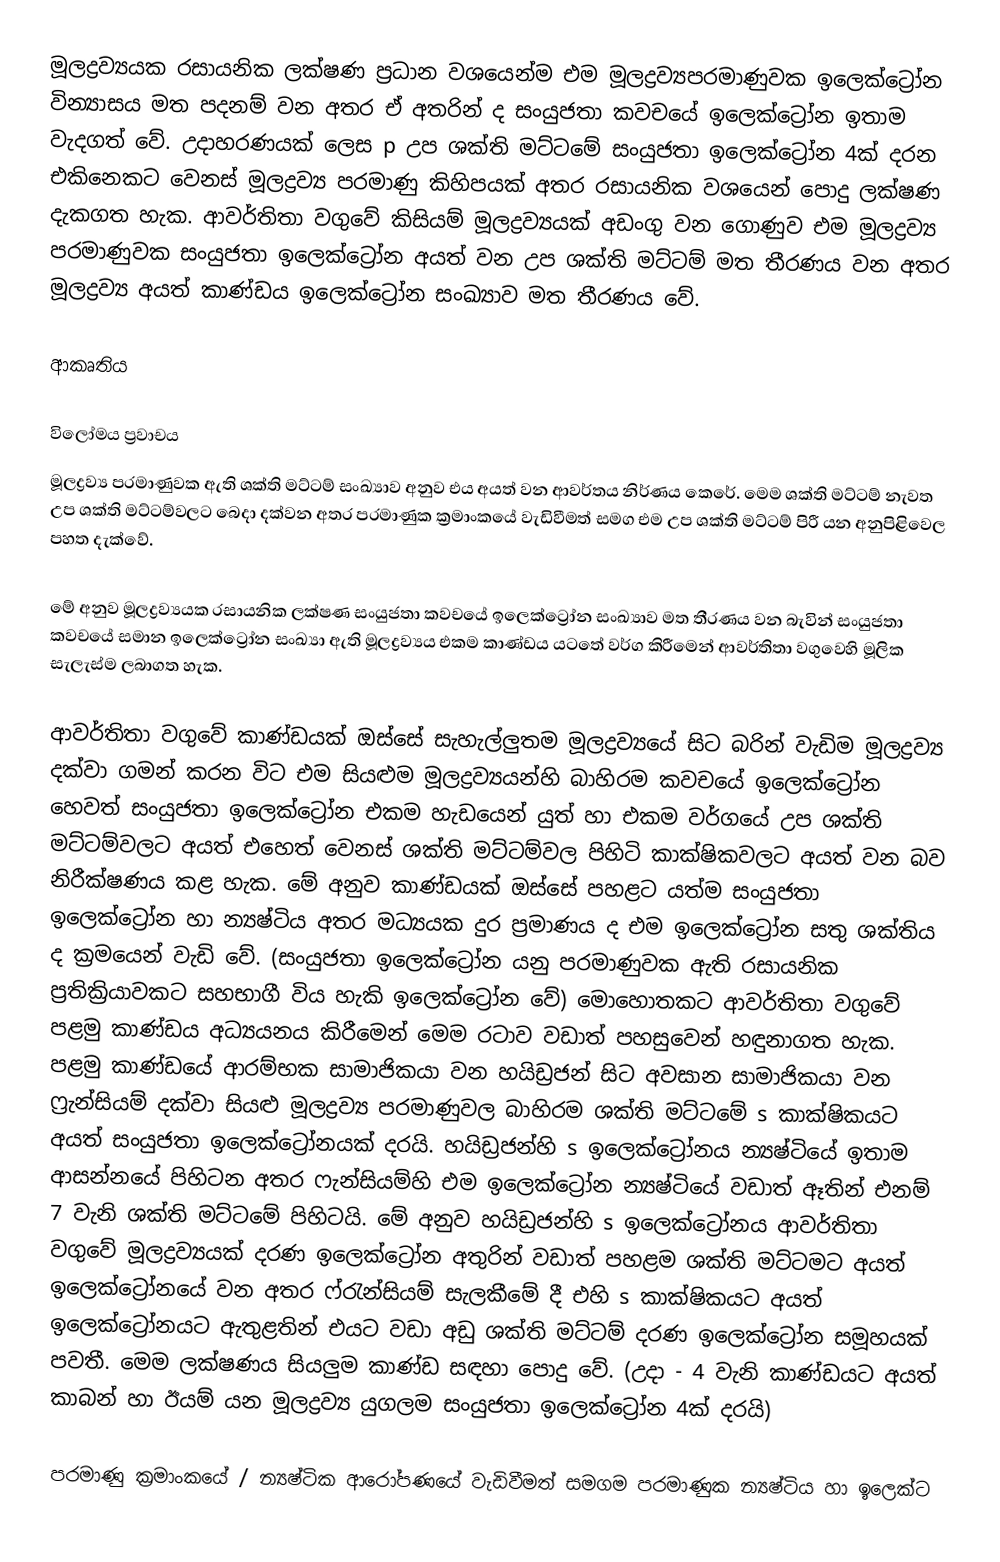
මූලද්‍රව්‍යයක රසායනික ලක්ෂණ ප්‍රධාන වශයෙන්ම එම මූලද්‍රව්‍ය‍පරමාණුවක ඉලෙක්ට්‍රෝන වින්‍යාසය මත පදනම් වන අතර ඒ අතරින් ද සංයුජතා කවචයේ ඉලෙක්ට්‍රෝන ඉතාම වැදගත් වේ. උදාහරණයක් ලෙස p උප ශක්ති මට්ටමේ සංයුජතා ඉලෙක්ට්‍රෝන 4ක් දරන එකිනෙකට වෙනස් මූලද්‍රව්‍ය පරමාණු කිහිපයක් අතර රසායනික වශයෙන් පොදු ලක්ෂණ දැකගත හැක. ආවර්තිතා වගුවේ කිසියම් මූලද්‍රව්‍ය‍යක් අඩංගු වන ගොණුව එම මූලද්‍රව්‍ය පරමාණුවක සංයුජතා ඉලෙක්ට්‍රෝන අයත් වන උප ශක්ති මට්ටම් මත තීරණය වන අතර මූලද්‍රව්‍ය අයත් කාණ්ඩය ඉලෙක්ට්‍රෝන සංඛ්‍යාව මත තීරණය වේ.

ආකෘතිය

විලෝමය ප්‍රවාචය
මූලද්‍රව්‍ය පරමාණුවක ඇති ශක්ති මට්ටම් සංඛ්‍යාව අනුව එය අයත් වන ආවර්තය නිර්ණය කෙරේ. මෙම ශක්ති මට්ටම් නැවත උප ශක්ති මට්ටම්වලට බෙදා දක්වන අතර පරමාණුක ක්‍රමාංකයේ වැඩිවීමත් සමග එම උප ශක්ති මට්ටම් පිරී යන අනුපිළිවෙල පහත දැක්වේ.

මේ අනුව මූලද්‍රව්‍යයක රසායනික ලක්ෂණ සංයුජතා කවචයේ ඉලෙක්ට්‍රෝන සංඛ්‍යාව මත තීරණය වන බැවින් සංයුජතා කවචයේ සමාන ඉලෙක්ට්‍රෝන සංඛ්‍යා ඇති මූලද්‍රව්‍යය එකම කාණ්ඩය යටතේ වර්ග කිරීමෙන් ආවර්තිතා වගුවෙහි මූලික සැලැස්ම ලබාගත හැක.

ආවර්තිතා වගුවේ කාණ්ඩයක් ඔස්සේ සැහැල්ලුතම මූලද්‍රව්‍යයේ සිට බරින් වැඩිම මූලද්‍රව්‍ය දක්වා ගමන් කරන විට එම සියළුම මූලද්‍රව්‍යයන්හි බාහිරම කවචයේ ඉලෙක්ට්‍රෝන හෙවත් සංයුජතා ඉලෙක්ට්‍රෝන එකම හැඩයෙන් යුත් හා එකම වර්ගයේ උප ශක්ති මට්ටම්වලට අයත් එහෙත් වෙනස් ශක්ති මට්ටම්වල පිහිටි කාක්ෂිකවලට අයත් වන බව නිරීක්ෂණය කළ හැක. මේ අනුව කාණ්ඩයක් ඔස්සේ පහළට යත්ම සංයුජතා ඉලෙක්ට්‍රෝන හා න්‍යෂ්ටිය අතර මධ්‍යයක දුර ප්‍රමාණය ද එම ඉලෙක්ට්‍රෝන සතු ශක්තිය ද ක්‍රමයෙන් වැඩි වේ. (සංයුජතා ඉලෙක්ට්‍රෝන යනු පරමාණුවක ඇති රසායනික ප්‍රතික්‍රියාවකට සහභාගී විය හැකි ඉලෙක්ට්‍රෝන වේ) මොහොතකට ආවර්තිතා වගුවේ පළමු කාණ්ඩය අධ්‍යයනය කිරීමෙන් මෙම රටාව වඩාත් පහසුවෙන් හඳුනාගත හැක. පළමු කාණ්ඩයේ ආරම්භක සාමාජිකයා වන හයිඩ්‍රජන් සිට අවසාන සාමාජිකයා වන ෆ්‍රැන්සියම් දක්වා සියළු මූලද්‍රව්‍ය පරමාණුවල බාහිරම ශක්ති මට්ටමේ s කාක්ෂිකයට අයත් සංයුජතා ඉලෙක්ට්‍රෝනයක් දරයි. හයිඩ්‍රජන්හි s ඉලෙක්ට්‍රෝනය න්‍යෂ්ටියේ ඉතාම ආසන්නයේ පිහිටන අතර ෆැන්සියම්හි එම ඉලෙක්ට්‍රෝන න්‍යෂ්ටියේ වඩාත් ඈතින් එනම් 7 වැනි ශක්ති මට්ටමේ පිහිටයි. මේ අනුව හයිඩ්‍රජන්හි s ඉලෙක්ට්‍රෝනය ආවර්තිතා වගුවේ මූලද්‍රව්‍යයක් දරණ ඉලෙක්ට්‍රෝන අතුරින් වඩාත් පහළම ශක්ති මට්ටමට අයත් ඉලෙක්ට්‍රෝනයේ වන අතර ෆ්රැන්සියම් සැලකීමේ දී එහි s කාක්ෂිකයට අයත් ඉලෙක්ට්‍රෝනයට ඇතුළතින් එයට වඩා අඩු ශක්ති මට්ටම් දරණ ඉලෙක්ට්‍රෝන සමූහයක් පවතී. මෙම ලක්ෂණය සියලුම කාණ්ඩ ‍සඳහා පොදු වේ. (උදා - 4 වැනි කාණ්ඩයට අයත් කාබන් හා ඊයම් යන මූලද්‍රව්‍ය යුගලම සංයුජතා ඉලෙක්ට්‍රෝන 4ක් දරයි)

පරමාණු ක්‍රමාංකයේ / න්‍යෂ්ටික ආරෝපණයේ වැඩිවීමත් සමගම පරමාණුක න්‍යෂ්ටිය හා ඉලෙක්ට